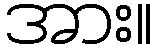
အား။